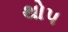
થોપ